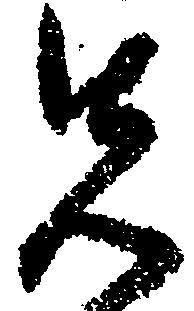
先